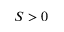
S > 0